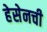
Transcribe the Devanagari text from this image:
हेसेनची